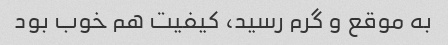
به موقع و گرم رسید، کیفیت هم خوب بود